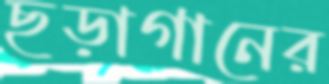
ছড়াগানের